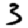
Digit: 3